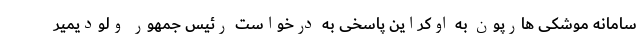
سامانه موشکی هارپون به اوکراین پاسخی به درخواست رئیس جمهور ولودیمیر